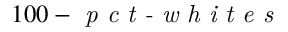
1 0 0 - \textit { p c t - w h i t e s }